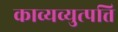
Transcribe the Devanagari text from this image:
काव्यव्युत्पत्ति